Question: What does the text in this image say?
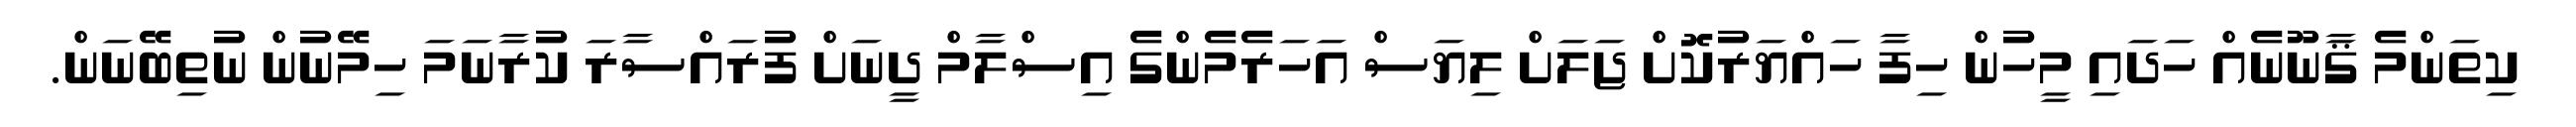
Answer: ކިތަންމެ ޤާނޫނެއް ހަދައި މީހުން ހިފާ ހައްޔަރުކޮށް ޖަލަށް ލިޔަސް އަހަރެމެންގެ އިސްލާމް ދީނަށް ފުރައްސާރަ ކުރާނަމަ ހިމޭނުން ނުތިބޭނަން.